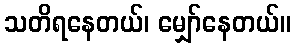
သတိရနေတယ်၊ မျှော်နေတယ်။